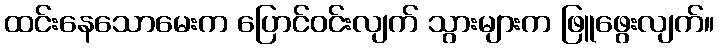
ထင်းနေသောမေးက ပြောင်ဝင်းလျက် သွားများက ဖြူဖွေးလျက်။